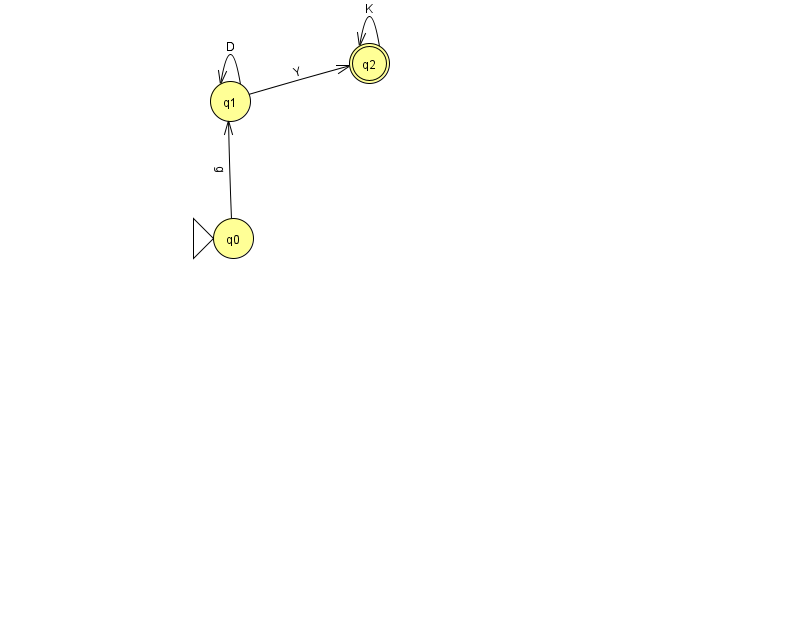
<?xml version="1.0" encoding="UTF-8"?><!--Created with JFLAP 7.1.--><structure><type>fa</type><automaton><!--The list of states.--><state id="0" name="q0"><x>233.0</x><y>225.0</y><initial/></state><state id="1" name="q1"><x>230.0</x><y>88.0</y></state><state id="2" name="q2"><x>369.0</x><y>50.0</y><final/></state><!--The list of transitions.--><transition><from>1</from><to>1</to><read>D</read></transition><transition><from>0</from><to>1</to><read>g</read></transition><transition><from>1</from><to>2</to><read>Y</read></transition><transition><from>2</from><to>2</to><read>K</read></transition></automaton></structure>